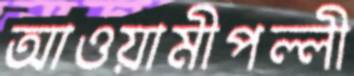
আওয়ামীপল্লী